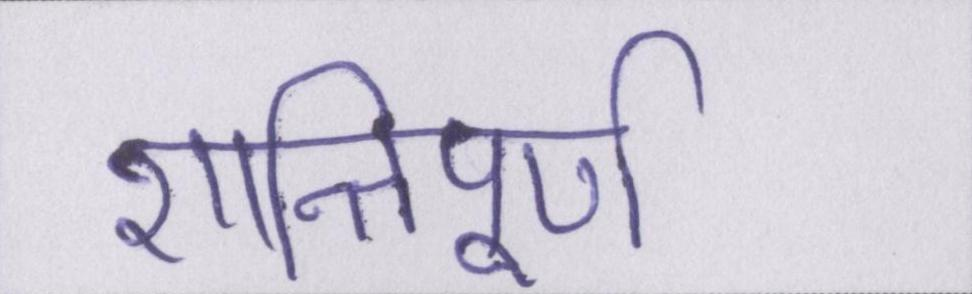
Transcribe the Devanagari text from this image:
शान्तिपूर्ण